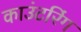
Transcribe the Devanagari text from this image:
काउंटरिंग